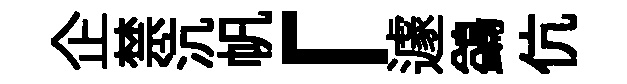
企禁沆帆「遽鷁伉